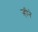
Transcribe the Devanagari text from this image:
ऱ्हीने